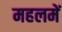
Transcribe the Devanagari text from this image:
महलमें